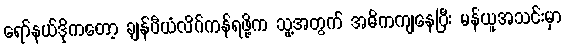
ရော်နယ်ဒိုကတော့ ချန်ပီယံလိဂ်ကန်ရဖို့က သူ့အတွက် အဓိကကျနေပြီး မန်ယူအသင်းမှာ